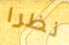
نظرا